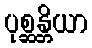
ပုစ္ဆန္တိယာ